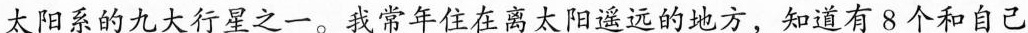
太阳系的九大行星之一。我常年住在离太阳遥远的地方，知道有8个和自己